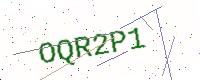
Text: OQR2P1